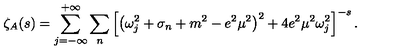
\zeta _ { A } ( s ) = \sum _ { j = - \infty } ^ { + \infty } \sum _ { n } \left[ \left( \omega _ { j } ^ { 2 } + \sigma _ { n } + m ^ { 2 } - e ^ { 2 } \mu ^ { 2 } \right) ^ { 2 } + 4 e ^ { 2 } \mu ^ { 2 } \omega _ { j } ^ { 2 } \right] ^ { - s } .